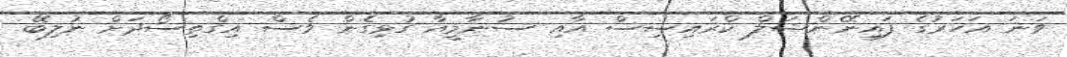
ވަނަ އަހަރުގެ ފައިނޭންޝަލް ކްރައިސިސް އާއި ސުނާމީއާ ގުޅިގެން ވެސް އިގްތިސޯދަށް ނުލިބޭ